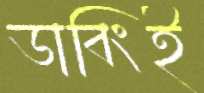
ডাবিংই